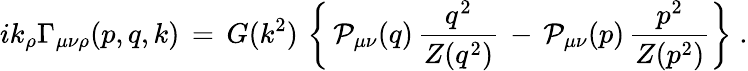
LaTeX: ik_{\rho}\Gamma_{\mu\nu\rho}(p,q,k)\, =\, G(k^{2})\, \left\{ \, {\cal P}_{\mu\nu}(q)\, \frac{q^{2}}{Z(q^{2})}\, -\, {\cal P}_{\mu\nu}(p)\, \frac{p^{2}}{Z(p^{2})}\right\} \; .